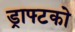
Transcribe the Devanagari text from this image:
ड्राफ्टको